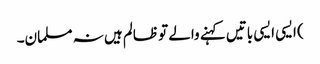
) ایسی ایسی باتیں کہنے والے تو ظالم ہیں نہ مسلمان۔